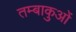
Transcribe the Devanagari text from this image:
तम्बाकुओं